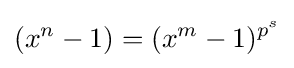
(x^{n}-1)=(x^{m}-1)^{p^{s}}